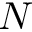
N